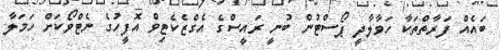
ބައެއް ފަރާތްތަކާ ހަވާލާދީ ޕޯސްޓުން ބުނީ ރައީސްގެ އެގްޒެކެޓިވް އޮފީހުގެ ނެޓްވޯކަށް ހަމަލާ